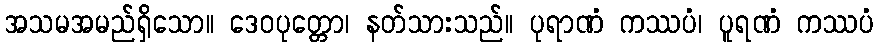
အသမအမည်ရှိသော။ ဒေဝပုတ္တော၊ နတ်သားသည်။ ပုရာဏံ ကဿပံ၊ ပူရဏံ ကဿပံ